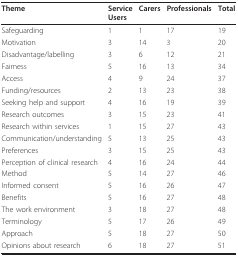
<table><thead><tr><td><b>Theme</b></td><td><b>ServiceUsers</b></td><td><b>Carers</b></td><td><b>Professionals</b></td><td><b>Total</b></td></tr></thead><tbody><tr><td>Safeguarding</td><td>1</td><td>1</td><td>17</td><td>19</td></tr><tr><td>Motivation</td><td>3</td><td>14</td><td>3</td><td>20</td></tr><tr><td>Disadvantage/labelling</td><td>3</td><td>6</td><td>12</td><td>21</td></tr><tr><td>Fairness</td><td>5</td><td>16</td><td>13</td><td>34</td></tr><tr><td>Access</td><td>4</td><td>9</td><td>24</td><td>37</td></tr><tr><td>Funding/resources</td><td>2</td><td>13</td><td>23</td><td>38</td></tr><tr><td>Seeking help and support</td><td>4</td><td>16</td><td>19</td><td>39</td></tr><tr><td>Research outcomes</td><td>3</td><td>15</td><td>23</td><td>41</td></tr><tr><td>Research within services</td><td>1</td><td>15</td><td>27</td><td>43</td></tr><tr><td>Communication/understanding</td><td>5</td><td>13</td><td>25</td><td>43</td></tr><tr><td>Preferences</td><td>3</td><td>15</td><td>25</td><td>43</td></tr><tr><td>Perception of clinical research</td><td>4</td><td>16</td><td>24</td><td>44</td></tr><tr><td>Method</td><td>5</td><td>14</td><td>27</td><td>46</td></tr><tr><td>Informed consent</td><td>5</td><td>16</td><td>26</td><td>47</td></tr><tr><td>Benefits</td><td>5</td><td>16</td><td>27</td><td>48</td></tr><tr><td>The work environment</td><td>3</td><td>18</td><td>27</td><td>48</td></tr><tr><td>Terminology</td><td>5</td><td>17</td><td>26</td><td>49</td></tr><tr><td>Approach</td><td>5</td><td>18</td><td>27</td><td>50</td></tr><tr><td>Opinions about research</td><td>6</td><td>18</td><td>27</td><td>51</td></tr></tbody></table>